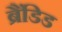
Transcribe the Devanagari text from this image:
ब्रैंडिड